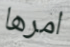
امرها